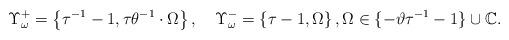
LaTeX: \begin{align*}\Upsilon_{\omega}^{+}=\left\{\tau^{-1}-1,\tau\theta^{-1}\cdot\Omega\right\},\quad\Upsilon_{\omega}^{-}=\left\{\tau-1,\Omega\right\},\Omega\in\{-\vartheta\tau^{-1}-1\}\cup\mathbb{C}. \end{align*}